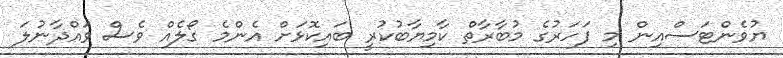
ޔުވެންޓަސްއިން މި ފަހަރުގެ މުބާރާތް ކާމިޔާބުކުރީ ބައިކޮޅަށް އެންމެ ގޯލެއް ވެސް ވައްދާނުލަ